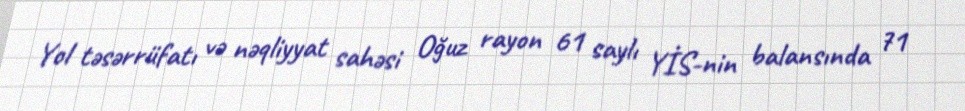
Yol təsərrüfatı və nəqliyyat sahəsi Oğuz rayon 61 saylı YİS-nin balansında 71